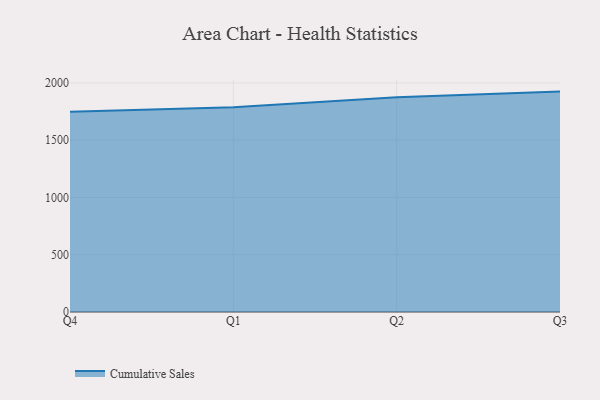
{"axis": {"x": "Quarter", "y": "Shipments"}, "legend": ["Cumulative Sales"], "data": [{"x": "Q4", "y": 1749.1, "type": "Cumulative Sales"}, {"x": "Q1", "y": 1788.0, "type": "Cumulative Sales"}, {"x": "Q2", "y": 1874.4, "type": "Cumulative Sales"}, {"x": "Q3", "y": 1924.3, "type": "Cumulative Sales"}]}